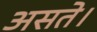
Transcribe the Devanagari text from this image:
असते।